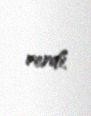
verdi.